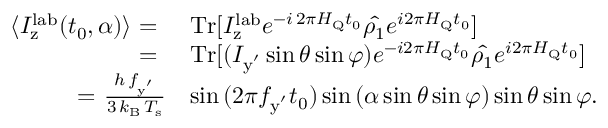
\begin{array} { r l } { \langle I _ { \mathrm { z } } ^ { \mathrm { l a b } } ( t _ { 0 } , \alpha ) \rangle ~ { = } ~ } & { \mathrm { T r } [ I _ { \mathrm { z } } ^ { \mathrm { l a b } } e ^ { - i \, 2 \pi H _ { \mathrm { Q } } t _ { 0 } } \hat { \rho _ { 1 } } e ^ { i 2 \pi H _ { \mathrm { Q } } t _ { 0 } } ] } \\ { { = } ~ } & { \mathrm { T r } [ ( I _ { \mathrm { y ^ { ' } } } \sin { \theta } \sin { \varphi } ) e ^ { - i 2 \pi H _ { \mathrm { Q } } t _ { 0 } } \hat { \rho _ { 1 } } e ^ { i 2 \pi H _ { \mathrm { Q } } t _ { 0 } } ] } \\ { { = } ~ \frac { h \, f _ { \mathrm { y ^ { ' } } } } { 3 \, k _ { \mathrm { B } } \, T _ { \mathrm { s } } } } & { \sin { ( 2 \pi f _ { \mathrm { y ^ { ' } } } t _ { 0 } ) } \sin { ( \alpha \sin { \theta } \sin { \varphi } ) } \sin { \theta } \sin { \varphi } . } \end{array}